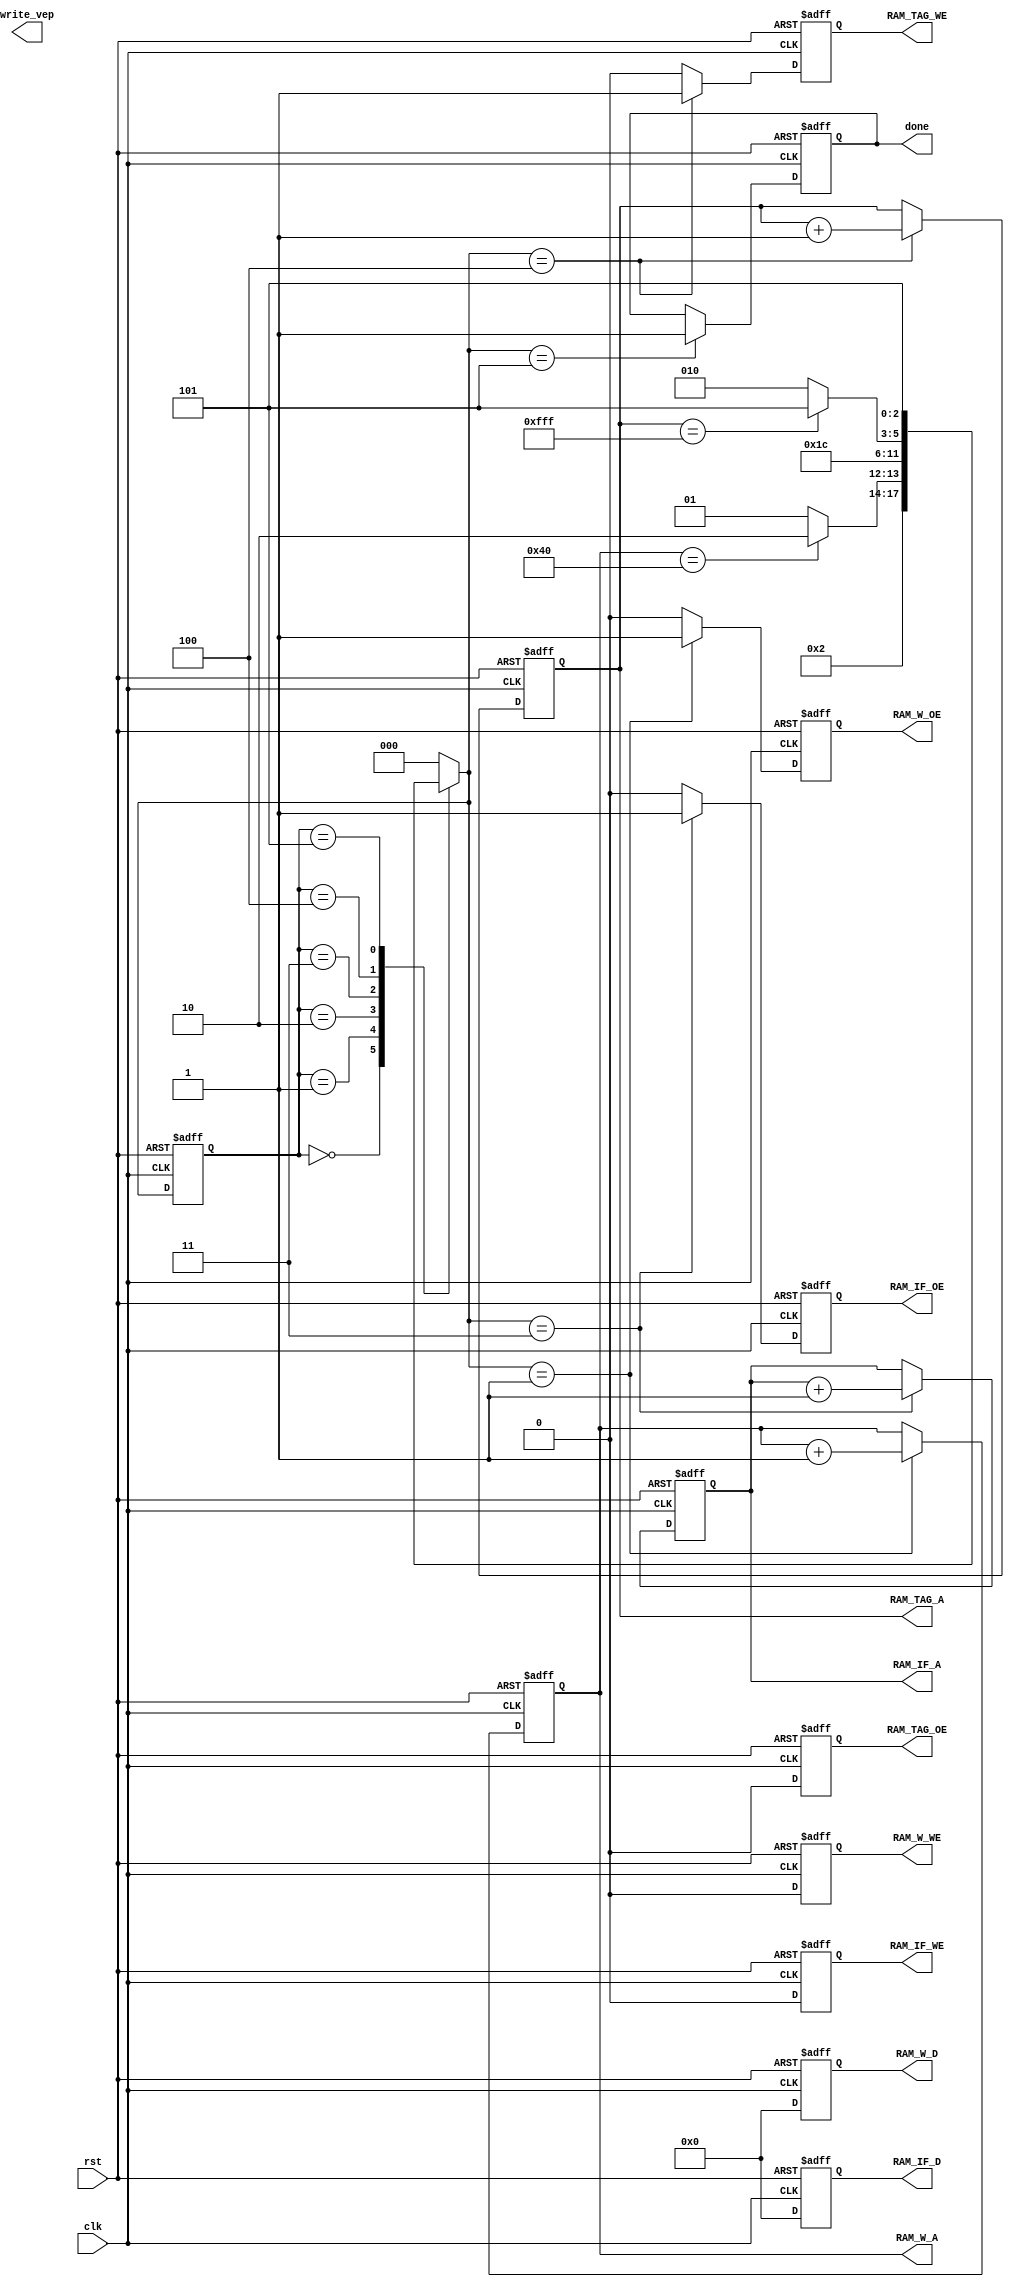
module controller(
  input                 clk,
  input                 rst,
  //input   [1:0]         mode,
  //input   [24*64 - 1:0] weight,
  //input   [2:0]         winner_VEP_x,
  //input   [2:0]         winner_VEP_y,
  output reg               RAM_IF_OE, //F
  output reg               RAM_IF_WE, //always zero F
  output reg [17:0]        RAM_IF_A, //F
  output reg [23:0]        RAM_IF_D, //always zero F
  output reg               RAM_W_OE, //F
  output reg               RAM_W_WE, //always zero F
  output reg [17:0]        RAM_W_A,//F
  output reg [23:0]        RAM_W_D, //always zero  F
  output reg               RAM_TAG_OE,//F
  output reg               RAM_TAG_WE,//F
  output reg [17:0]        RAM_TAG_A,//F

  output reg [63:0]        write_vep,
  output reg               done//F
);

parameter INIT=3'd0;    
parameter SAVE_CODEOOK=3'd1;  
parameter READ_PIXEL=3'd2;  
parameter FIND_MIN=3'd3;
parameter WRITE_TAG=3'd4;
parameter FINISH=3'd5 ; 

reg [2:0] ns,cs;
always@(posedge clk or posedge rst)begin
	if(rst)
		cs <= INIT;
	else
		cs <= ns;
end
always@(*)begin
	case(cs)
		INIT:
			ns = SAVE_CODEOOK;
		SAVE_CODEOOK:begin
			if(RAM_W_A == 18'd64)
				ns = READ_PIXEL;
			else
				ns = SAVE_CODEOOK;
		end
		READ_PIXEL:begin
			ns = FIND_MIN;
		end
		FIND_MIN:begin
			ns = WRITE_TAG;	
		end
		WRITE_TAG:begin
			if(RAM_TAG_A==18'd4095)
				ns = FINISH;
			else
				ns = READ_PIXEL;
		end
		FINISH:begin
			ns = FINISH;
		end
		default:
			ns = INIT;
	endcase		
end
/*not important============================*/
always@(posedge clk or posedge rst) begin
	if(rst)
		RAM_IF_WE <= 1'b0;
	else
		RAM_IF_WE <= 1'b0;
end
always@(posedge clk or posedge rst) begin
	if(rst)
		RAM_IF_D <= 24'd0;
	else
		RAM_IF_D <= 24'd0;
end
always@(posedge clk or posedge rst) begin
	if(rst)
		RAM_W_D <= 24'd0;
	else
		RAM_W_D <= 24'd0;
end
always@(posedge clk or posedge rst) begin
	if(rst)
		RAM_W_WE <= 1'b0;
	else
		RAM_W_WE <= 1'b0;
end
always@(posedge clk or posedge rst) begin
	if(rst)
		RAM_TAG_OE <= 1'b0;
	else
		RAM_TAG_OE <= 1'b0;
end
/*=========================================*/

//RAM_TAG_A
always@(posedge clk or posedge rst)begin
	if(rst)
	    RAM_TAG_A <= 18'd262143;
	else if(ns == WRITE_TAG)
	    RAM_TAG_A <= RAM_TAG_A + 18'd1;
end
//RAM_TAG_WE
always@(posedge clk or posedge rst)begin
	if(rst)
	    RAM_TAG_WE <= 1'd0;
	else if(ns == WRITE_TAG)
	    RAM_TAG_WE <= 1'd1;
	else
	    RAM_TAG_WE <= 1'd0;	
end
//done
always@(posedge clk or posedge rst)begin
	if(rst)
	   done<=1'b0;
	else if(ns == FINISH)
	   done<=1'b1; 
end

//RAM_W_OE
always@(posedge clk or posedge rst)begin
	if(rst)begin
		RAM_W_OE <= 1'd0;
	end
	else if(ns == SAVE_CODEOOK)begin
		RAM_W_OE <= 1'd1;
	end
	else
		RAM_W_OE <= 1'b0;
end
//RAM_W_A
always@(posedge clk or posedge rst)begin
	if(rst)begin
		RAM_W_A <= 18'd0;
	end
	else if(ns == SAVE_CODEOOK)begin
		RAM_W_A <= RAM_W_A + 18'd1;
	end
	else
		RAM_W_A <= RAM_W_A;
end

//RAM_IF_OE
always@(posedge clk or posedge rst)begin
	if(rst)begin
		RAM_IF_OE <= 1'b0;
	end
	else if(ns == FIND_MIN)begin
		RAM_IF_OE <= 1'b1;
	end
	else
		RAM_IF_OE <= 1'b0;
end
//RAM_IF_A
always@(posedge clk or posedge rst)begin
	if(rst)begin
		RAM_IF_A <= 18'd0;
	end
	else if(ns == FIND_MIN)begin
		RAM_IF_A <= RAM_IF_A + 18'd1;
	end
	else
		RAM_IF_A <= RAM_IF_A;
end




endmodule